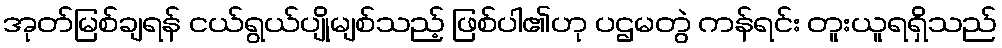
အုတ်မြစ်ချရန် ငယ်ရွယ်ပျိုမျစ်သည့် ဖြစ်ပါ၏ဟု ပဌမတွဲ ကန်ရင်း တူးယူရရှိသည်